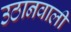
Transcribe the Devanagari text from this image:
उठानवाली